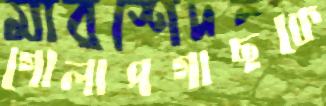
গোলাপগাছকে